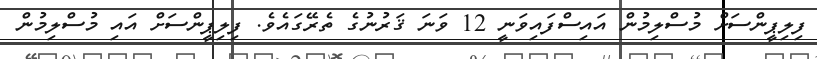
ފިލިޕީންސަށް މުސްލިމުން އައިސްފައިވަނީ 12 ވަނަ ޤަރުނުގެ ތެރޭގައެވެ. ފިލިޕީންސަށް އައި މުސްލިމުން